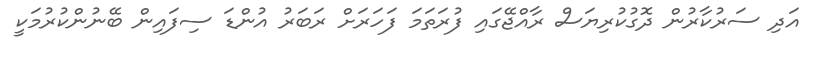
އަދި ސަރުކާރުން ދޮގުކުރިޔަސް ރާއްޖޭގައި ފުރަތަމަ ފަހަރަށް ރަބަރު އުންޑަ ސިފައިން ބޭނުންކުރުމަކީ